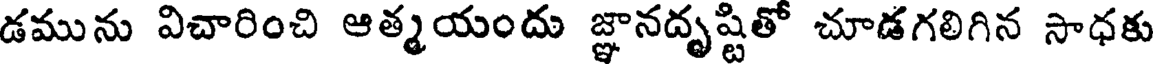
డమును విచారించి ఆత్మయందు జ్ఞానదృష్టితో చూడగలిగిన సాధకు